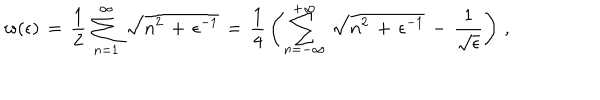
w ( \epsilon ) \, = \, \frac { 1 } { 2 } \, \sum _ { n = 1 } ^ { \infty } \, \sqrt { n ^ { 2 } \, + \, \epsilon ^ { - 1 } } \, = \, \frac { 1 } { 4 } \, \left( \sum _ { n = - \infty } ^ { + \infty } \, \sqrt { n ^ { 2 } \, + \, \epsilon ^ { - 1 } } \, - \, \frac { 1 } { \sqrt { \epsilon } } \right) \, { , }